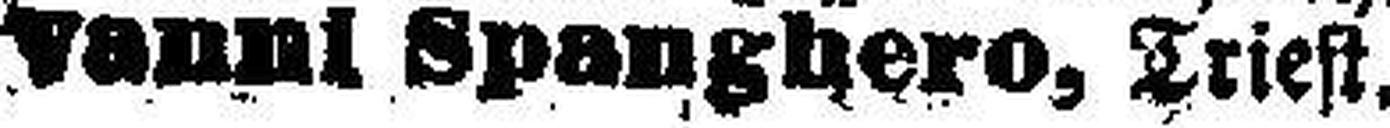
vanni Spanghero, Triest.